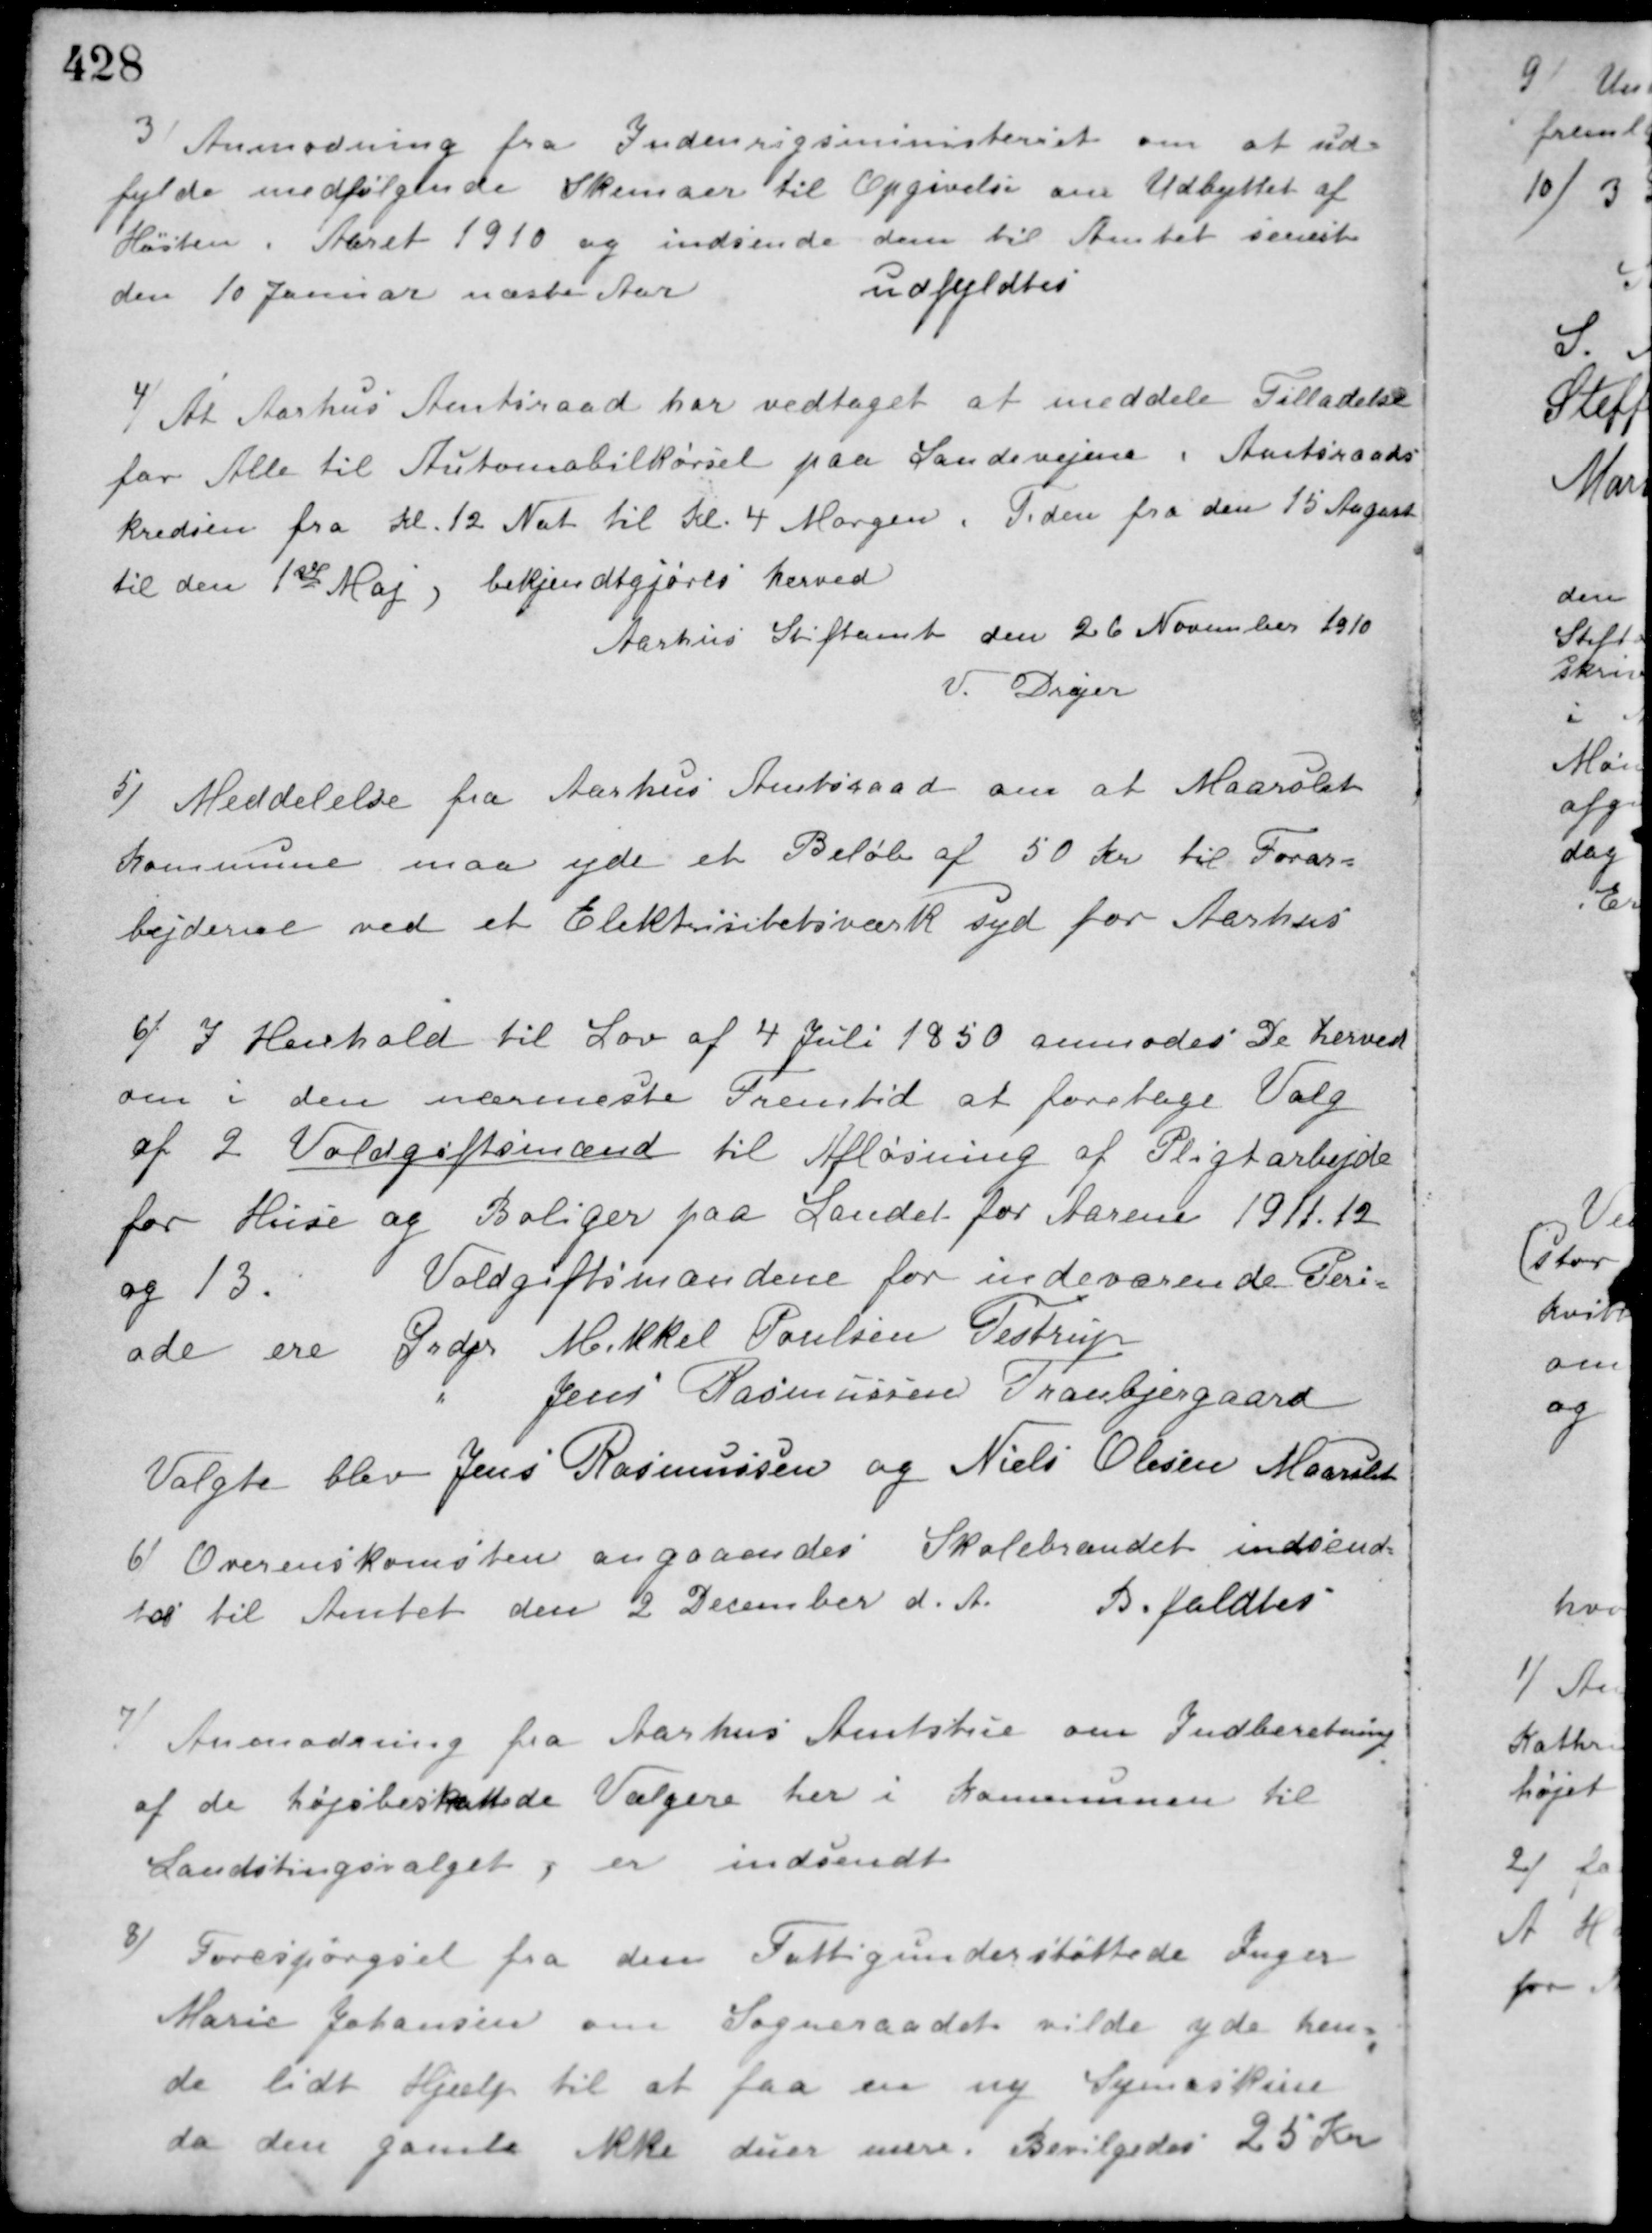
Transskription:
3/ Anmodning fra Indenrigsministeriet om at ud-
fylde medfølgende Skemaer til Opgivelse om Udbyttet af
Høsten i Aaret 1910 og indsende dem til Amtet senest
den 10 Januar næste Aar.
udfyldtes
4/ At Aarhus Amtsraad har vedtaget at meddele Tilladelse
for Alle til Automobilkørsel paa Landevejene i Amtsraads-
kredsen fra Kl. 12 Nat til Kl. 4 Morgen. Tiden fra den 15 August
til den 1ste Maj, bekjendtgjøres herved
Aarhus Stiftamt den 26 November 1910
V. Drejer
5/ Meddelelse fra Aarhus Amtsraad om at Maarslet
Kommune maa yde et Beløb af 50 Kr. til Forar-
bejderne ved et Elektrisitetsværk syd for Aarhus.
6/ I Henhold til Lov af 4 Juli 1850 anmodes De herved
om i den nærmeste Fremtid at foretage Valg
af 2 Voldgiftsmænd til Afløsning af Pligtarbejde
for Huse og Boliger paa Landet for Aarene 1911, 12
og 13.
Voldgiftsmændene for indeværende Peri-
ode ere Grdjr. Mikkel Poulsen, Testrup
" Jens Rasmussen Tranbjergaard
Valgte blev Jens Rasmussen og Niels Olesen Maarslet.
6/ Overenskomsten angaaendes Skolebrændet indsend-
tes til Amtet den 2 December d. A. Bifaldtes.
7/ Anmodning fra Aarhus Amtstue om Indberetning
af de højsbeskattede Vælgere her i Kommunen til
Landstingsvalget, er indsendt.
8/ Forespørgsel fra den Fattigunderstøttede Inger
Marie Johansen om Sogneraadet vilde yde hen-
de lidt Hjælp til at faa en ny Symaskine
da den gamle ikke duer mere. Bevilgedes 25 Kr.